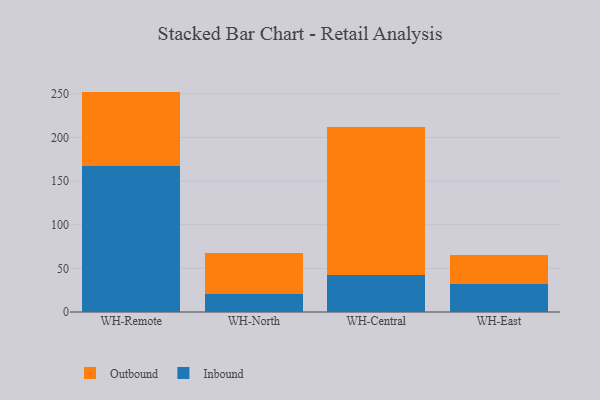
{"axis": {"x": "Warehouse", "y": "Bounce Rate (%)"}, "legend": ["Inbound", "Outbound"], "data": [{"x": "WH-Remote", "y": 167.1, "type": "Inbound"}, {"x": "WH-Remote", "y": 85.5, "type": "Outbound"}, {"x": "WH-North", "y": 20.2, "type": "Inbound"}, {"x": "WH-North", "y": 47.4, "type": "Outbound"}, {"x": "WH-Central", "y": 42.8, "type": "Inbound"}, {"x": "WH-Central", "y": 169.6, "type": "Outbound"}, {"x": "WH-East", "y": 31.8, "type": "Inbound"}, {"x": "WH-East", "y": 33.8, "type": "Outbound"}]}